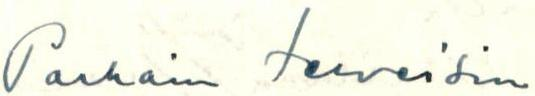
Parhain terveisin